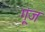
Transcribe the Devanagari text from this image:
गू्ंज